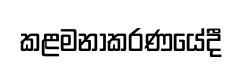
කළමනාකරණයේදී